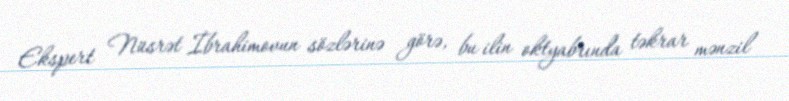
Ekspert Nüsrət İbrahimovun sözlərinə görə, bu ilin oktyabrında təkrar mənzil